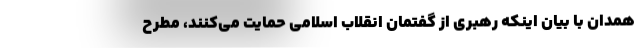
همدان با بیان اینکه رهبری از گفتمان انقلاب اسلامی حمایت می‌کنند، مطرح